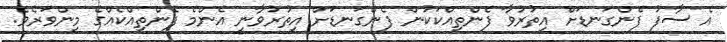
އެ ސާފު ފެންގަނޑަށް އިތުރުވާ ފެންތިއްކަކުން ފެންގަނޑަށް އިތުރުވާނީ އެންމެ ފެންތިއްކެއްގެ މިންވަރެވެ.